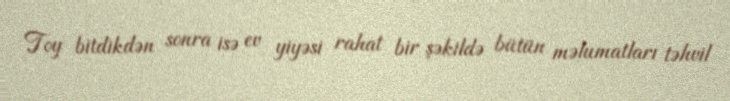
Toy bitdikdən sonra isə ev yiyəsi rahat bir şəkildə bütün məlumatları təhvil